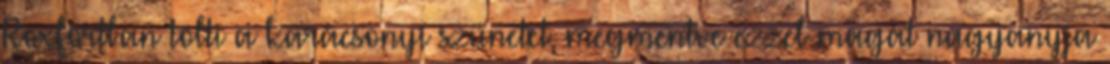
Roxfortban tölti a karácsonyi szünetet, megmentve ezzel magát nagyanyja